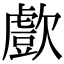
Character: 㱆